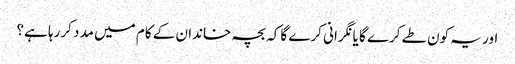
اور یہ کون طے کرے گا یانگرانی کرے گا کہ بچہ خاندان کے کام میں مدد کررہا ہے؟